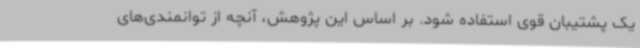
یک پشتیبان قوی استفاده شود. بر اساس این پژوهش، آنچه از توانمندی‌های